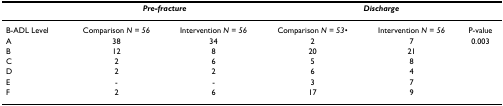
|  | <COLSPAN=2> Pre-fracture | <COLSPAN=3> Discharge |
 | --- | --- | --- | --- | --- | --- |
 | B-ADL Level | Comparison N = 56 | Intervention N = 56 | Comparison N = 53• | Intervention N = 56 | P-value |
 | A | 38 | 34 | 2 | 7 | 0.003 |
 | B | 12 | 8 | 20 | 21 |  |
 | C | 2 | 6 | 5 | 8 |  |
 | D | 2 | 2 | 6 | 4 |  |
 | E | - | - | 3 | 7 |  |
 | F | 2 | 6 | 17 | 9 |  |